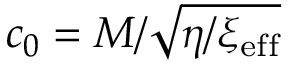
c _ { 0 } = M / \sqrt { \eta / \xi _ { \mathrm { e f f } } }